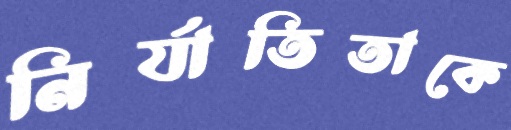
নির্যাতিতাকে